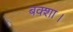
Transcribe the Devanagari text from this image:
बक्शा।